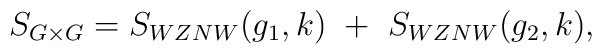
S_{G\times G}=S_{WZNW}(g_1,k)~+~S_{WZNW}(g_2,k),